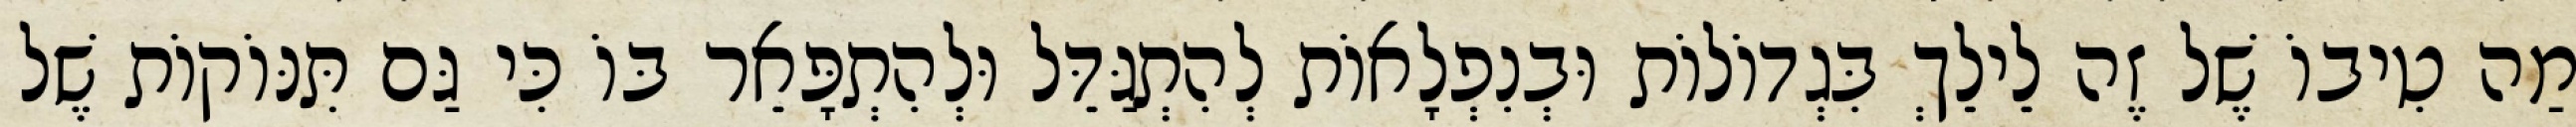
מַה טִיבוֹ שֶׁל זֶה לֵילֵךְ בִּגְדוֹלוֹת וּבְנִפְלָאוֹת לְהִתְגַּדֵּל וּלְהִתְפָּאֵר בּוֹ כִּי גַּם תִּנּוֹקוֹת שֶׁל